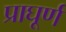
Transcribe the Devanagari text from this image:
प्राघूर्ण